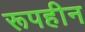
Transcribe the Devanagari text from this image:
रूपहीन